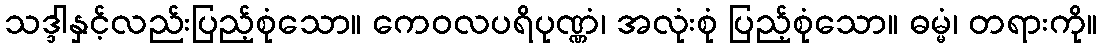
သဒ္ဒါနှင့်လည်းပြည့်စုံသော။ ကေဝလပရိပုဏ္ဏံ၊ အလုံးစုံ ပြည့်စုံသော။ ဓမ္မံ၊ တရားကို။